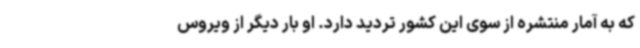
که به آمار منتشره از سوی این کشور تردید دارد. او بار دیگر از ویروس